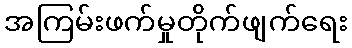
အကြမ်းဖက်မှုတိုက်ဖျက်ရေး